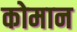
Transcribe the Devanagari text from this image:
कोमान